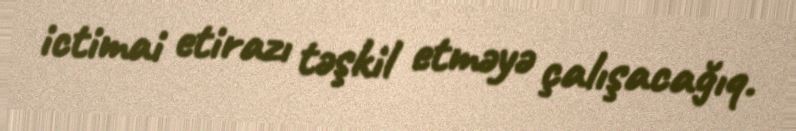
ictimai etirazı təşkil etməyə çalışacağıq.